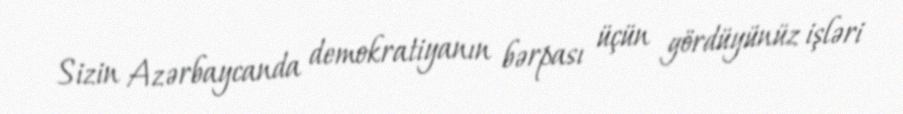
Sizin Azərbaycanda demokratiyanın bərpası üçün gördüyünüz işləri